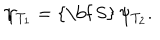
\psi _ { T _ { 1 } } = \mathrm { { \bf ~ S } } \, \psi _ { T _ { 2 } } .